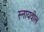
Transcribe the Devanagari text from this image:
स्नायवील